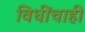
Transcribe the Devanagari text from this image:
विधींचाही